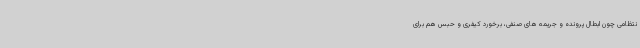
نتظامی چون ابطال پرونده و جریمه های صنفی، برخورد کیفری و حبس هم برای